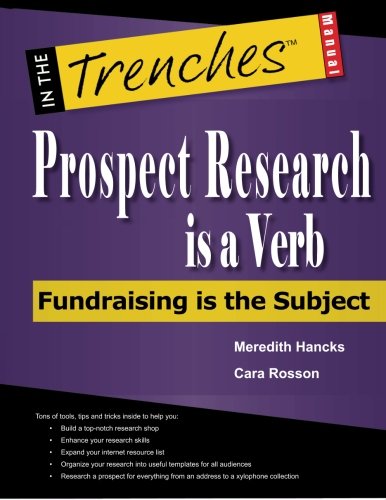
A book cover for Prospect Research Is a Verb: Fundraising Is the Subject (In the Trenches); Meredith Hancks; Politics & Social Sciences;